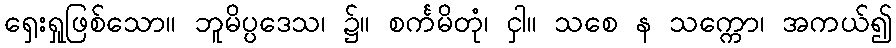
ရှေးရှုဖြစ်သော။ ဘူမိပ္ပဒေသ၊ ၌။ စင်္ကမိတုံ၊ ငှါ။ သစေ န သက္ကော၊ အကယ်၍